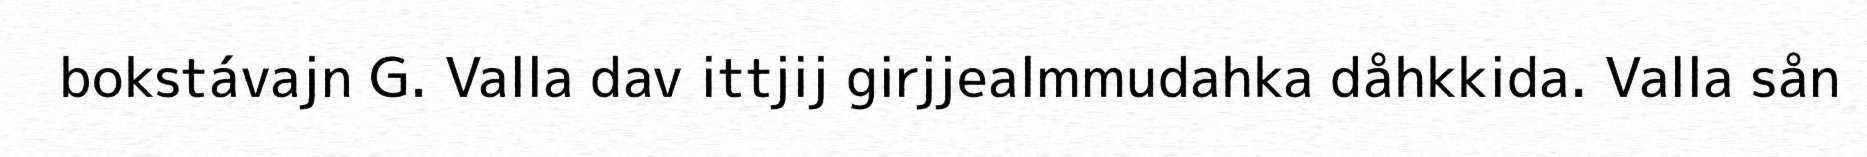
bokstávajn G. Valla dav ittjij girjjealmmudahka dåhkkida. Valla sån